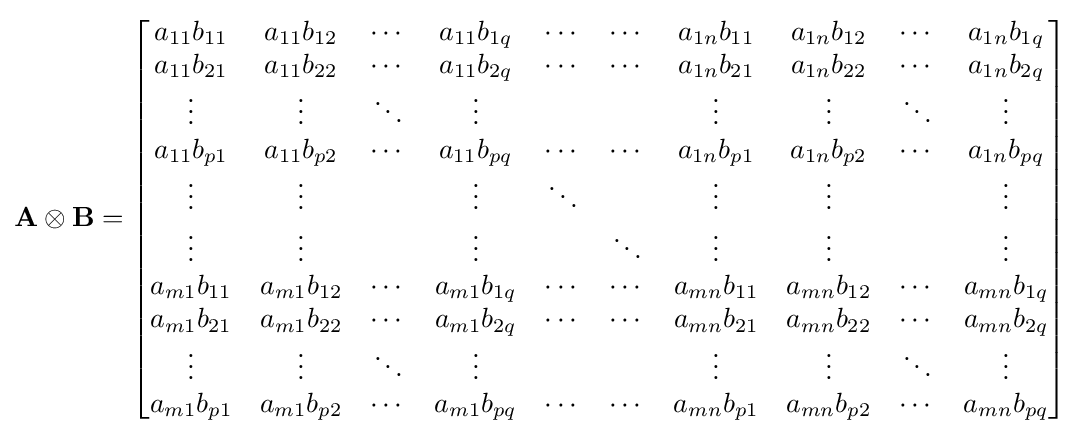
{\mathbf {A} \otimes \mathbf {B} }={\begin{bmatrix}a_{11}b_{11}&a_{11}b_{12}&\cdots &a_{11}b_{1q}&\cdots &\cdots &a_{1n}b_{11}&a_{1n}b_{12}&\cdots &a_{1n}b_{1q}\\a_{11}b_{21}&a_{11}b_{22}&\cdots &a_{11}b_{2q}&\cdots &\cdots &a_{1n}b_{21}&a_{1n}b_{22}&\cdots &a_{1n}b_{2q}\\\vdots &\vdots &\ddots &\vdots &&&\vdots &\vdots &\ddots &\vdots \\a_{11}b_{p1}&a_{11}b_{p2}&\cdots &a_{11}b_{pq}&\cdots &\cdots &a_{1n}b_{p1}&a_{1n}b_{p2}&\cdots &a_{1n}b_{pq}\\\vdots &\vdots &&\vdots &\ddots &&\vdots &\vdots &&\vdots \\\vdots &\vdots &&\vdots &&\ddots &\vdots &\vdots &&\vdots \\a_{m1}b_{11}&a_{m1}b_{12}&\cdots &a_{m1}b_{1q}&\cdots &\cdots &a_{mn}b_{11}&a_{mn}b_{12}&\cdots &a_{mn}b_{1q}\\a_{m1}b_{21}&a_{m1}b_{22}&\cdots &a_{m1}b_{2q}&\cdots &\cdots &a_{mn}b_{21}&a_{mn}b_{22}&\cdots &a_{mn}b_{2q}\\\vdots &\vdots &\ddots &\vdots &&&\vdots &\vdots &\ddots &\vdots \\a_{m1}b_{p1}&a_{m1}b_{p2}&\cdots &a_{m1}b_{pq}&\cdots &\cdots &a_{mn}b_{p1}&a_{mn}b_{p2}&\cdots &a_{mn}b_{pq}\end{bmatrix}}